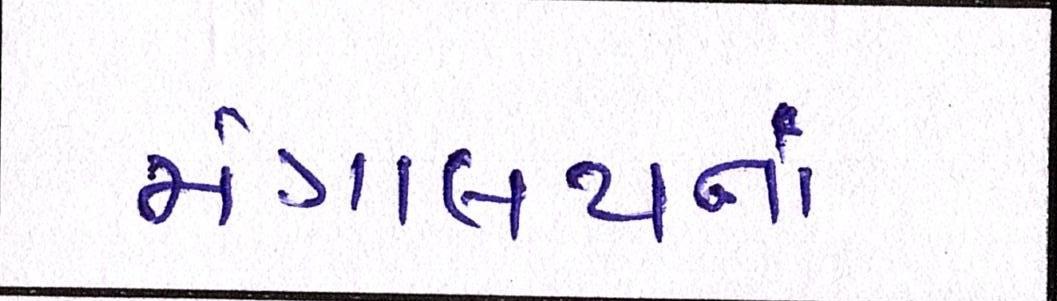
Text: મંત્રાલયનાં